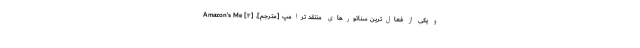
و یکی از فعال‌ترین سناتورهای منتقد ترامپ [مترجم]. [۲] Amazon’s Me